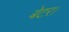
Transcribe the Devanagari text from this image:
बेटर।